Lunatic asylums Bombay report 1891-1903 - 1891-1903
Year: 1891
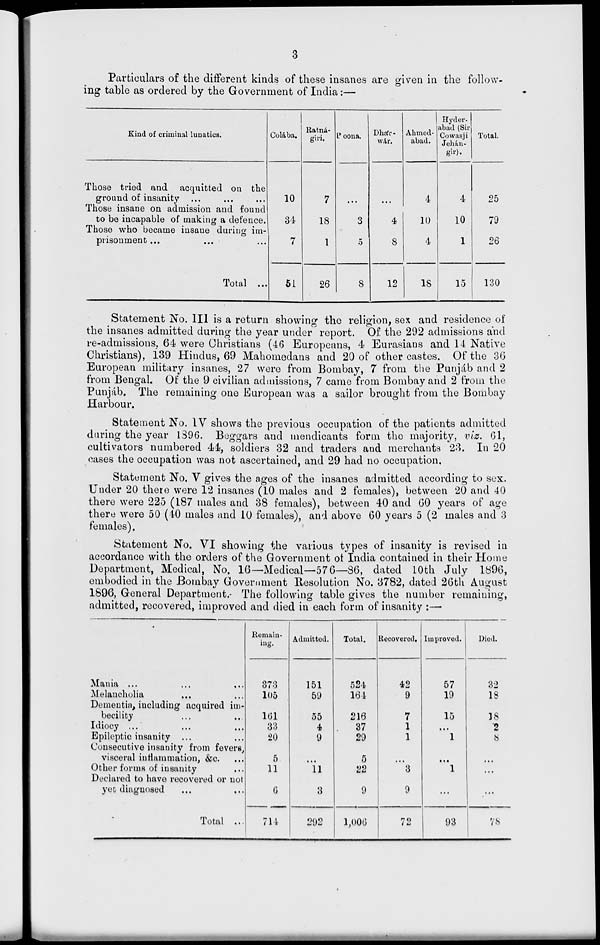
3
Particulars of the different kinds of these insanes are given in the follow-
ing table as ordered by the Government of India:—
Kind of criminal lunatics.
Those tried and acquitted on the
ground of insanity ... ... ...
Those insane on admission and found
to be incapable of making a defence.
Those who became insane during im-
prisonment ... ... ...
Total ...
Colába.
10
34
7
51
Ratná-
giri.
7
18
1
26
Poona.
...
3
5
8
Dhár-
wár.
...
4
8
12
Ahmed-
abad.
4
10
4
18
Hyder-
abad (Sir
Cowasji
Jehán-
gir).
4
10
1
15
Total.
25
79
26
130
Statement No. III is a return showing the religion, sex and residence of
the insanes admitted during the year under report. Of the 292 admissions and
re-admissions, 64 were Christians (46 Europeans, 4 Eurasians and 14 Native
Christians), 139 Hindus, 69 Mahomedans and 20 of other castes. Of the 36
European military insanes, 27 were from Bombay, 7 from the Punjáb and 2
from Bengal. Of the 9 civilian admissions, 7 came from Bombay and 2 from the
Punjáb. The remaining one European was a sailor brought from the Bombay
Harbour.
Statement No. IV shows the previous occupation of the patients admitted
during the year 1896. Beggars and mendicants form the majority, viz. 61,
cultivators numbered 44, soldiers 32 and traders and merchants 23. In 20
cases the occupation was not ascertained, and 29 had no occupation.
Statement No. V gives the ages of the insanes admitted according to sex.
Under 20 there were 12 insanes (10 males and 2 females), between 20 and 40
there were 225 (187 males and 38 females), between 40 and 60 years of age
there were 50 (40 males and 10 females), and above 60 years 5 (2 males and 3
females).
Statement No. VI showing the various types of insanity is revised in
accordance with the orders of the Government of India contained in their Home
Department, Medical, No. 16—Medical—57 6—86, dated 10th July 1896,
embodied in the Bombay Government Resolution No. 3782, dated 26th August
1896, General Department. The following table gives the number remaining,
admitted, recovered, improved and died in each form of insanity :—
Mania ... ... ...
Melancholia ... ...
Dementia, including acquired im-
becility ... ...
Idiocy ... ... ...
Epileptic insanity ... ...
Consecutive insanity from fevers,
visceral inflammation, &c. ...
Other forms of insanity ...
Declared to have recovered or not
yet diagnosed ... ...
Total ...
Remain-
ing.
373
105
161
33
20
5
11
6
711
Admitted.
151
59
55
4
9
...
11
3
292
Total.
524
164
216
37
29
5
22
9
1,006
Recovered.
42
9
7
1
1
...
3
9
72
Improved.
57
19
15
...
1
...
1
...
93
Died.
32
18
18
2
8
...
...
...
78